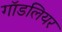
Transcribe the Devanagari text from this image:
गॉडलियर